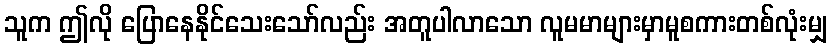
သူက ဤလို ပြောနေနိုင်သေးသော်လည်း အတူပါလာသော လူမမာများမှာမူစကားတစ်လုံးမျှ